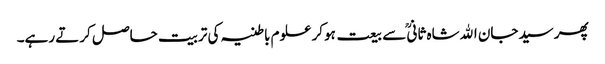
پھر سیدجان اﷲشاہ ثانیؒ سے بیعت ہوکر علوم باطنیہ کی تربیت حاصل کرتے رہے۔